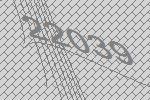
22039